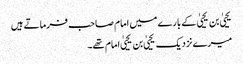
یحییٰ بن یحییٰ کے بارے میں امام صاحب فرماتے ہیں
میرے نزدیک یحییٰ بن یحییٰ امام تھے۔